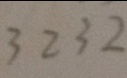
3 2 3 2